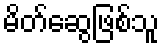
မိတ်ဆွေဖြစ်သူ